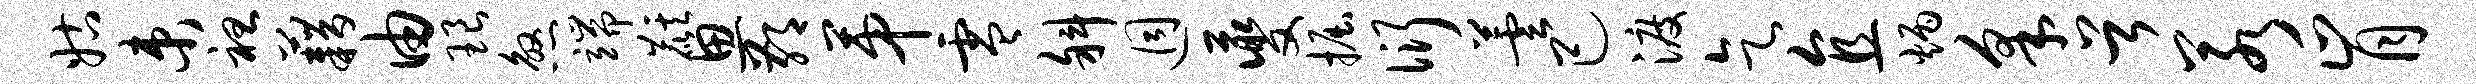
姑束袒藉由琅煞端麒思鄙第零斜迥夔掘衍芸己渡乞直炳采首若肯